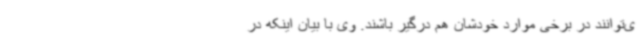
ی‌توانند در برخی موارد خودشان هم درگیر باشند. وی با بیان اینکه در